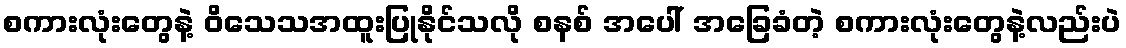
စကားလုံးတွေနဲ့ ဝိသေသအထူးပြုနိုင်သလို စနစ် အပေါ် အခြေခံတဲ့ စကားလုံးတွေနဲ့လည်းပဲ